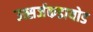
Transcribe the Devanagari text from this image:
उत्सर्जकडायोड